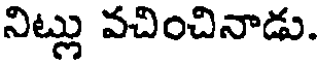
నిట్లు వచించినాడు.